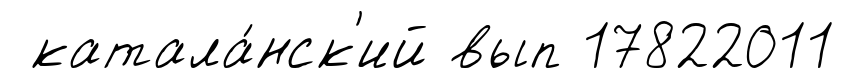
катала́нск'ий вып 17822011